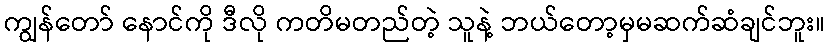
ကျွန်တော် နောင်ကို ဒီလို ကတိမတည်တဲ့ သူနဲ့ ဘယ်တော့မှမဆက်ဆံချင်ဘူး။